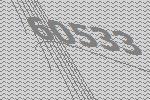
60533